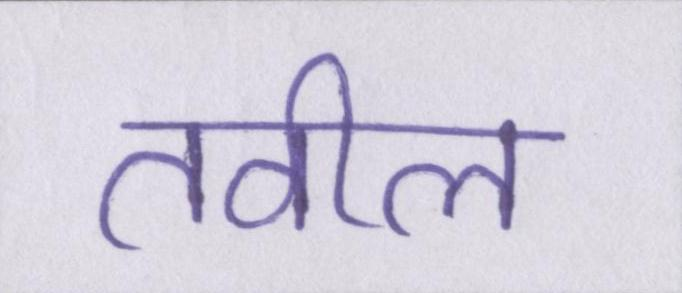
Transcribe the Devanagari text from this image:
तवील